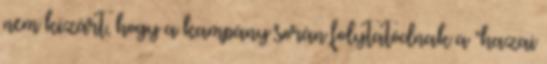
nem kizárt, hogy a kampány során folytatódnak a "hazai